Report of the Municipal Commissioner on the plague in Bombay for the year ending 31st May... - Volume 3
Disease focus: Plague
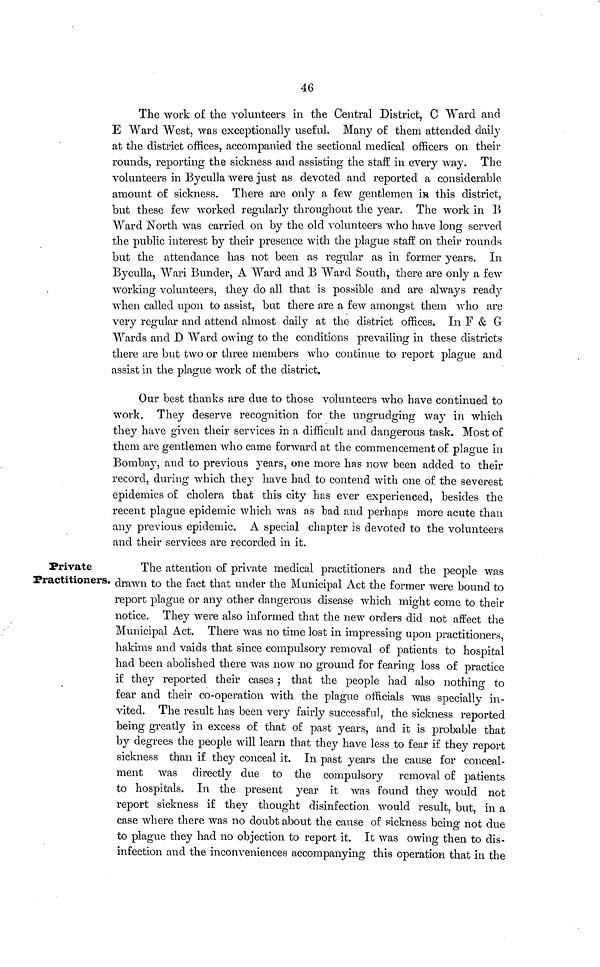
46
The work of the volunteers in the Central District, C Ward and
E Ward West, was exceptionally useful. Many of them attended daily
at the district offices, accompanied the sectional medical officers on their
rounds, reporting the sickness and assisting the staff in every way. The
volunteers in Byculla were just as devoted and reported a considerable
amount of sickness. There are only a few gentlemen in this district,
but these few worked regularly throughout the year. The work in B
Ward North was carried on by the old volunteers who have long served
the public interest by their presence with the plague staff on their rounds
but the attendance has not been as regular as in former years. In
Byculla, Wari Bunder, A Ward and B Ward South, there are only a few
working volunteers, they do all that is possible and are always ready
when called upon to assist, but there are a few amongst them who are
very regular and attend almost daily at the district offices. In F & G
Wards and D Ward owing to the conditions prevailing in these districts
there are but two or three members who continue to report plague and
assist in the plague work of the district.
Our best thanks are due to those volunteers who have continued to
work. They deserve recognition for the ungrudging way in which
they have given their services in a difficult and dangerous task. Most of
them are gentlemen who came forward at the commencement of plague in
Bombay, and to previous years, one more has now been added to their
record, during which they have had to contend with one of the severest
epidemics of cholera that this city has ever experienced, besides the
recent plague epidemic which was as bad and perhaps more acute than
any previous epidemic. A special chapter is devoted to the volunteers
and their services are recorded in it.
Private
Practitioners.
The attention of private medical practitioners and the people was
drawn to the fact that under the Municipal Act the former were bound to
report plague or any other dangerous disease which might come to their
notice. They were also informed that the new orders did not affect the
Municipal Act. There was no time lost in impressing upon practitioners,
hakims and vaids that since compulsory removal of patients to hospital
had been abolished there was now no ground for fearing loss of practice
if they reported their cases; that the people had also nothing to
fear and their co-operation with the plague officials was specially in-
vited. The result has been very fairly successful, the sickness reported
being greatly in excess of that of past years, and it is probable that
by degrees the people will learn that they have less to fear if they report
sickness than if they conceal it. In past years the cause for conceal-
ment was directly due to the compulsory removal of patients
to hospitals. In the present year it was found they would not
report sickness if they thought disinfection would result, but, in a
case where there was no doubt about the cause of sickness being not due
to plague they had no objection to report it. It was owing then to dis-
infection and the inconveniences accompanying this operation that in the